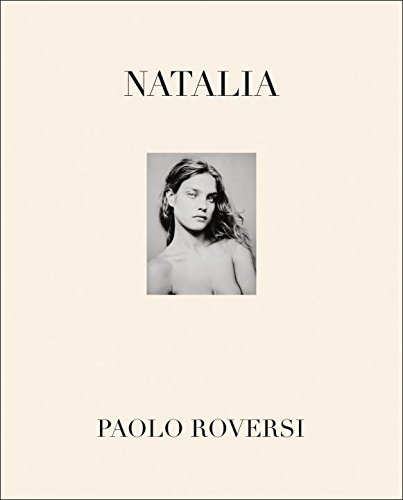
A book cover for Natalia; Arts & Photography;